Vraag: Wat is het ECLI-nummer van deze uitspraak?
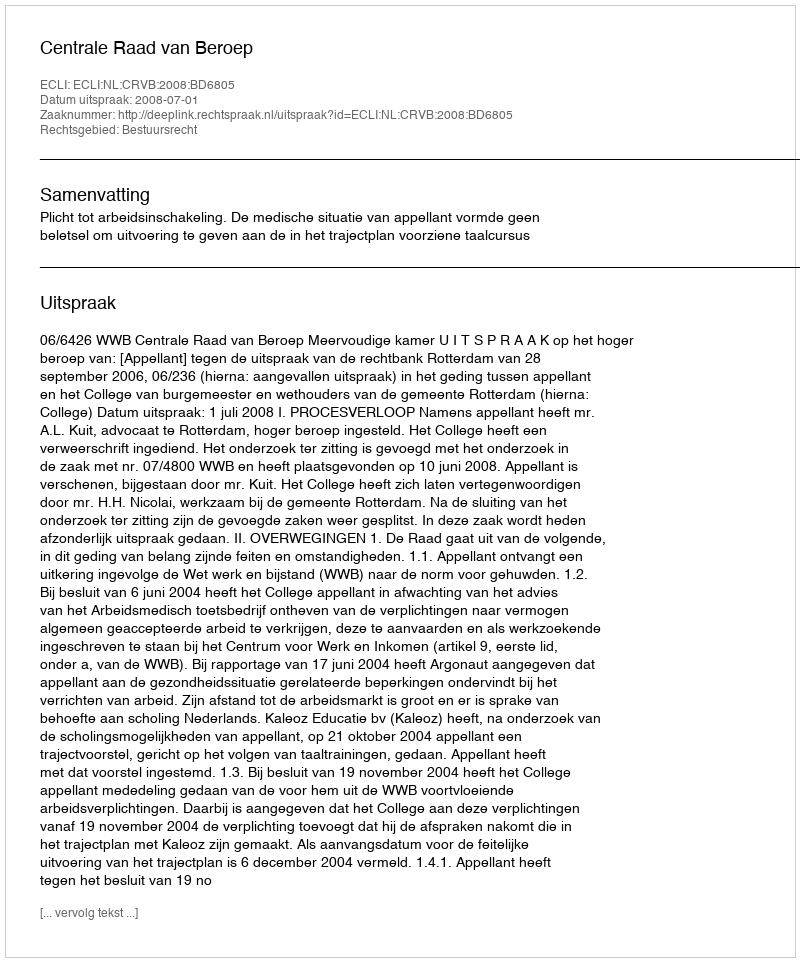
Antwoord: ECLI:NL:CRVB:2008:BD6805